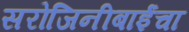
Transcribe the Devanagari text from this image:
सरोजिनीबाईंचा